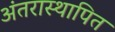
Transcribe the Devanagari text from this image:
अंतरास्थापित